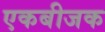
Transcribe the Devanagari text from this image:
एकबीजक